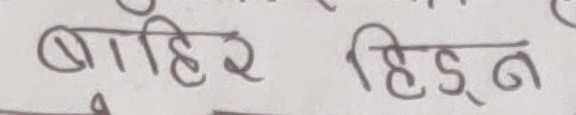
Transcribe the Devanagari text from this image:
बाहिर हिड्न